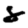
Digit: 8